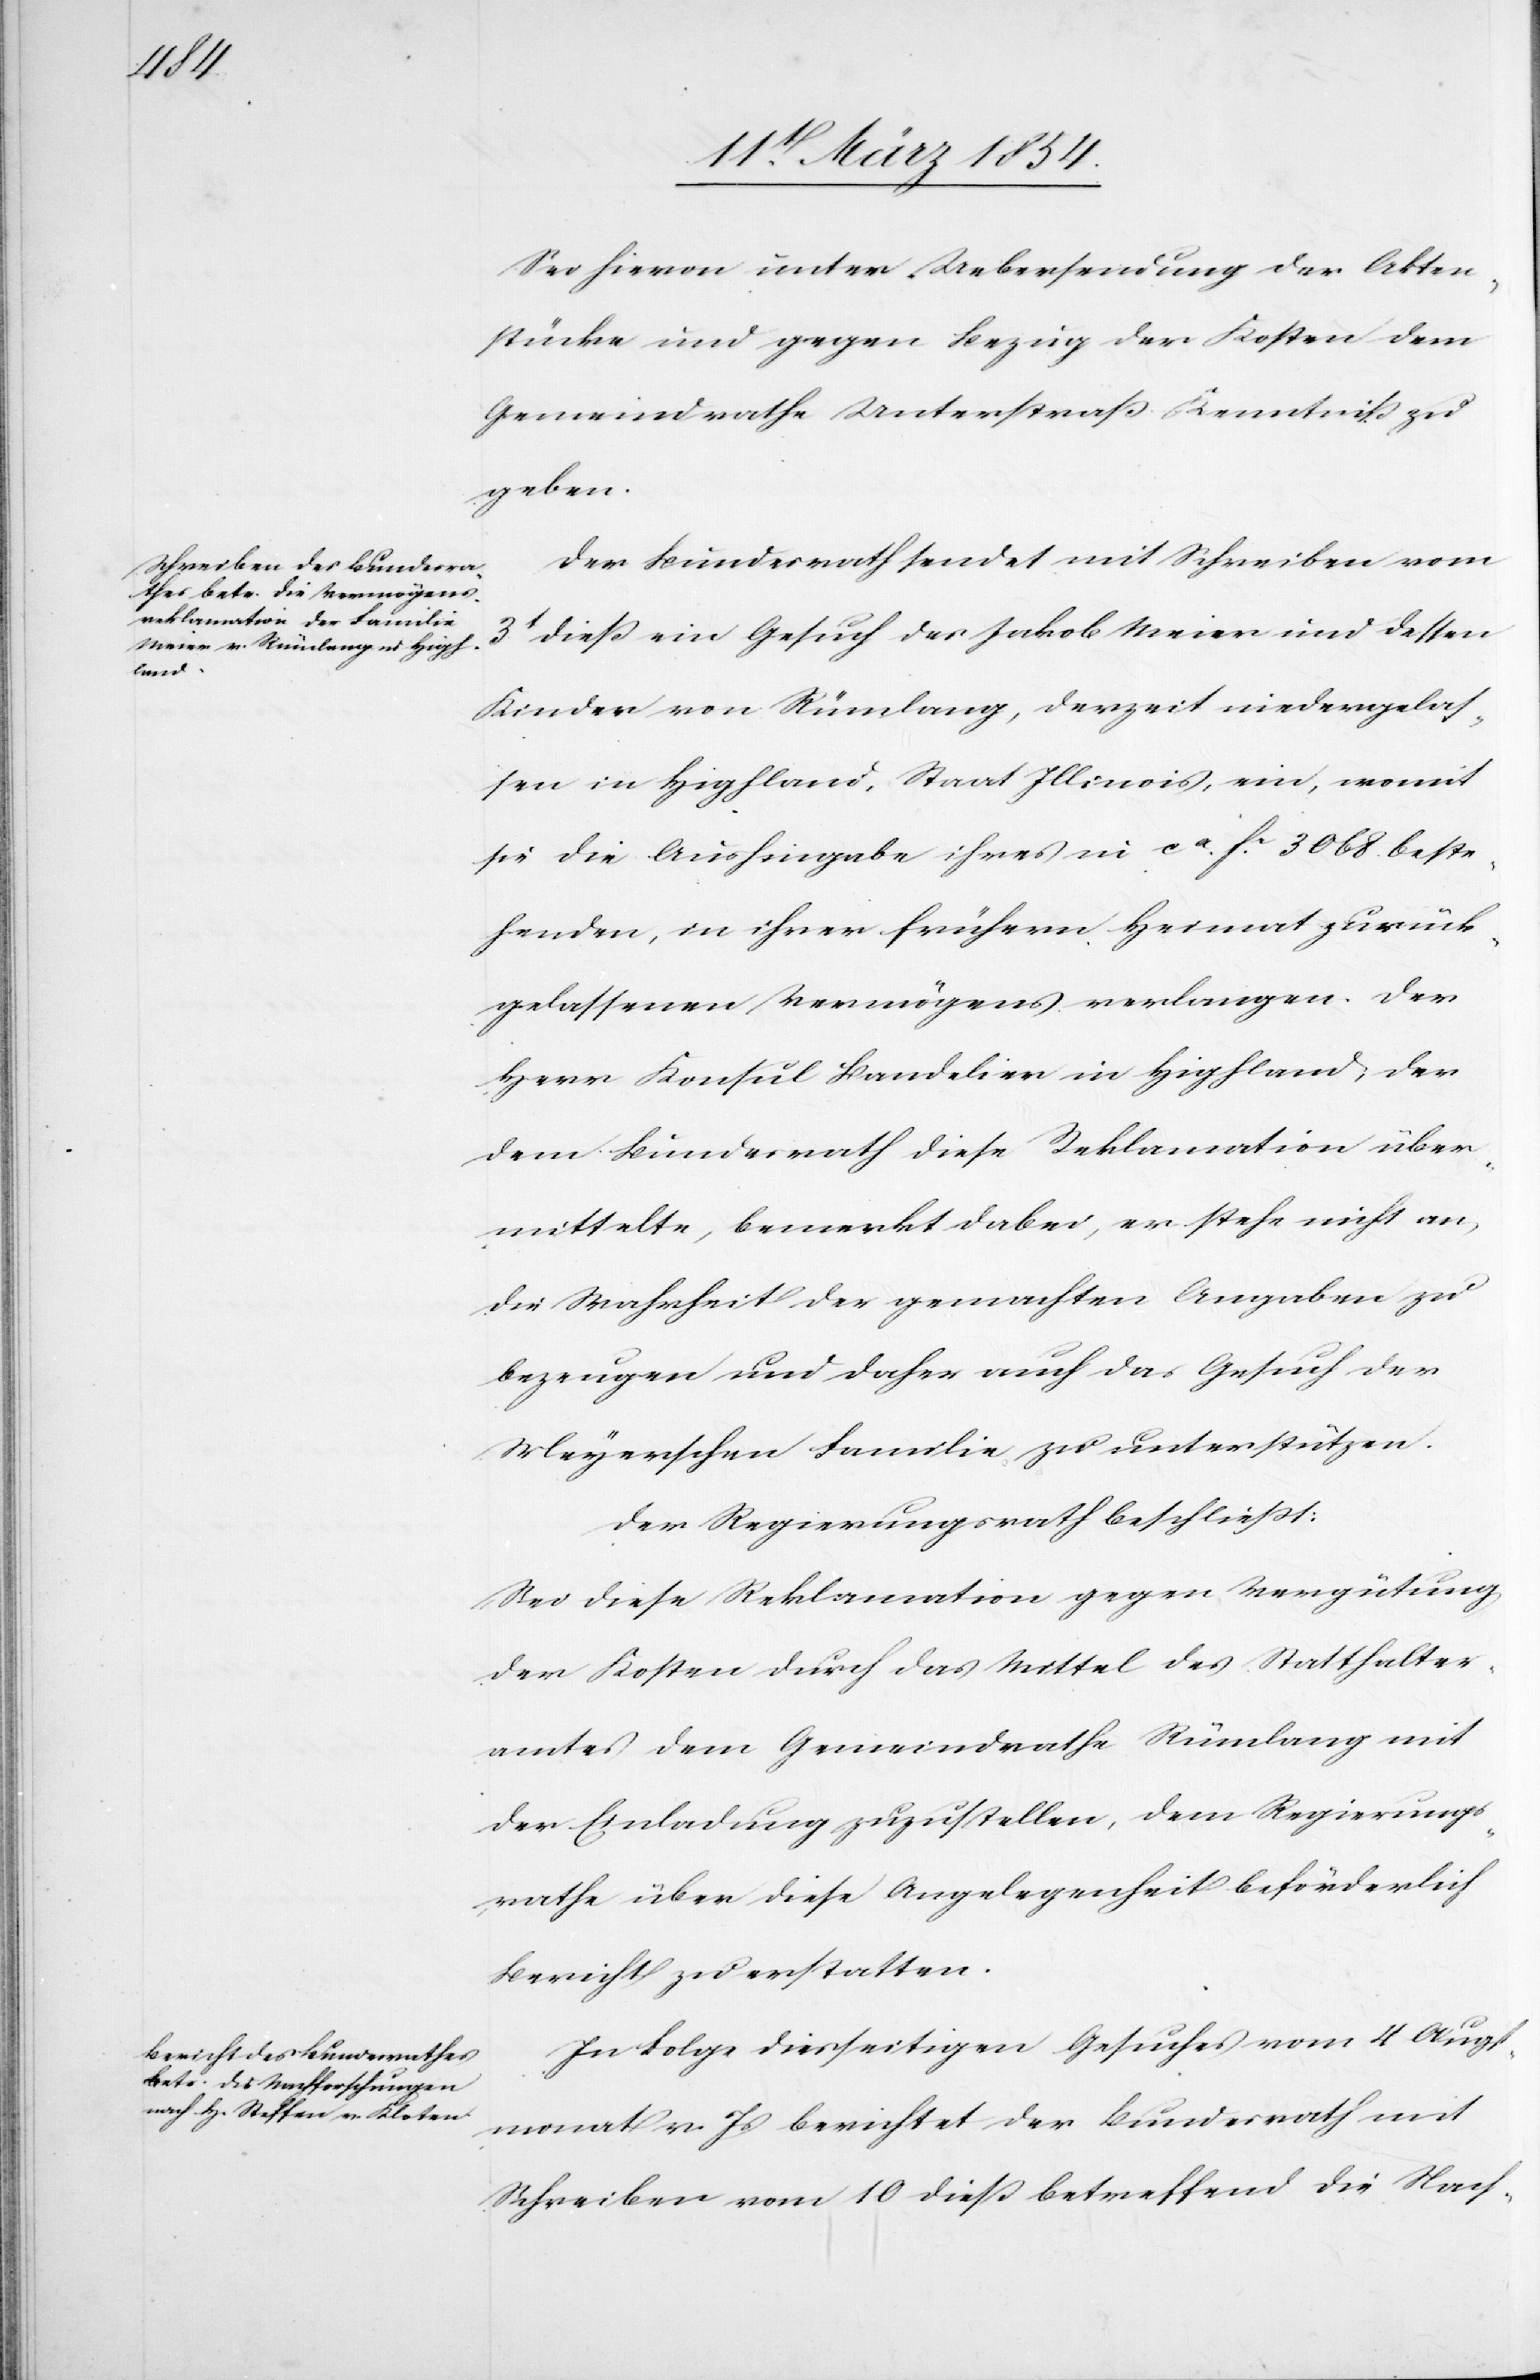
Sei hievon unter Uebersendung der Akten¬
stücke und gegen Bezug der Kosten dem
Gemeindrathe Unterstraß Kenntniß zu
geben.
Der Bundesrath sendet mit Schreiben vom
3t dieß ein Gesuch des Jakob Meier und dessen
Kinder von Rümlang, derzeit niedergelas¬
sen in Highland, Staat Illinois, ein, womit
sie die Aushingabe ihres in ca Fc 3068. beste¬
henden, in ihrer frühern Heimat zurück¬
gelassenen Vermögens verlangen. Der
Herr Konsul Bandelier in Highland, der
dem Bundesrath diese Reklamation über¬
mittelte, bemerkt dabei, er stehe nicht an,
die Wahrheit der gemachten Angaben zu
bezeugen und daher auch das Gesuch der
Meyerschen Familie zu unterstützen.
Der Regierungsrath beschließt:
Sei diese Reklamation gegen Vergütung
der Kosten durch das Mittel des Statthalter¬
amtes dem Gemeindrathe Rümlang mit
der Einladung zuzustellen, dem Regierungs¬
rathe über diese Angelegenheit beförderlich
Bericht zu erstatten.
In Folge diesseitigen Gesuches vom 4 Augst¬
monat v. Js berichtet der Bundesrath mit
Schreiben vom 10 dieß betreffend die Nach-